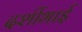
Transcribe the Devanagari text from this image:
दर्शीभाई